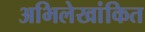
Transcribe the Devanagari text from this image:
अभिलेखांकित